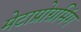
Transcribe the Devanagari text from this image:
मेटाप्रोग्रमिंग